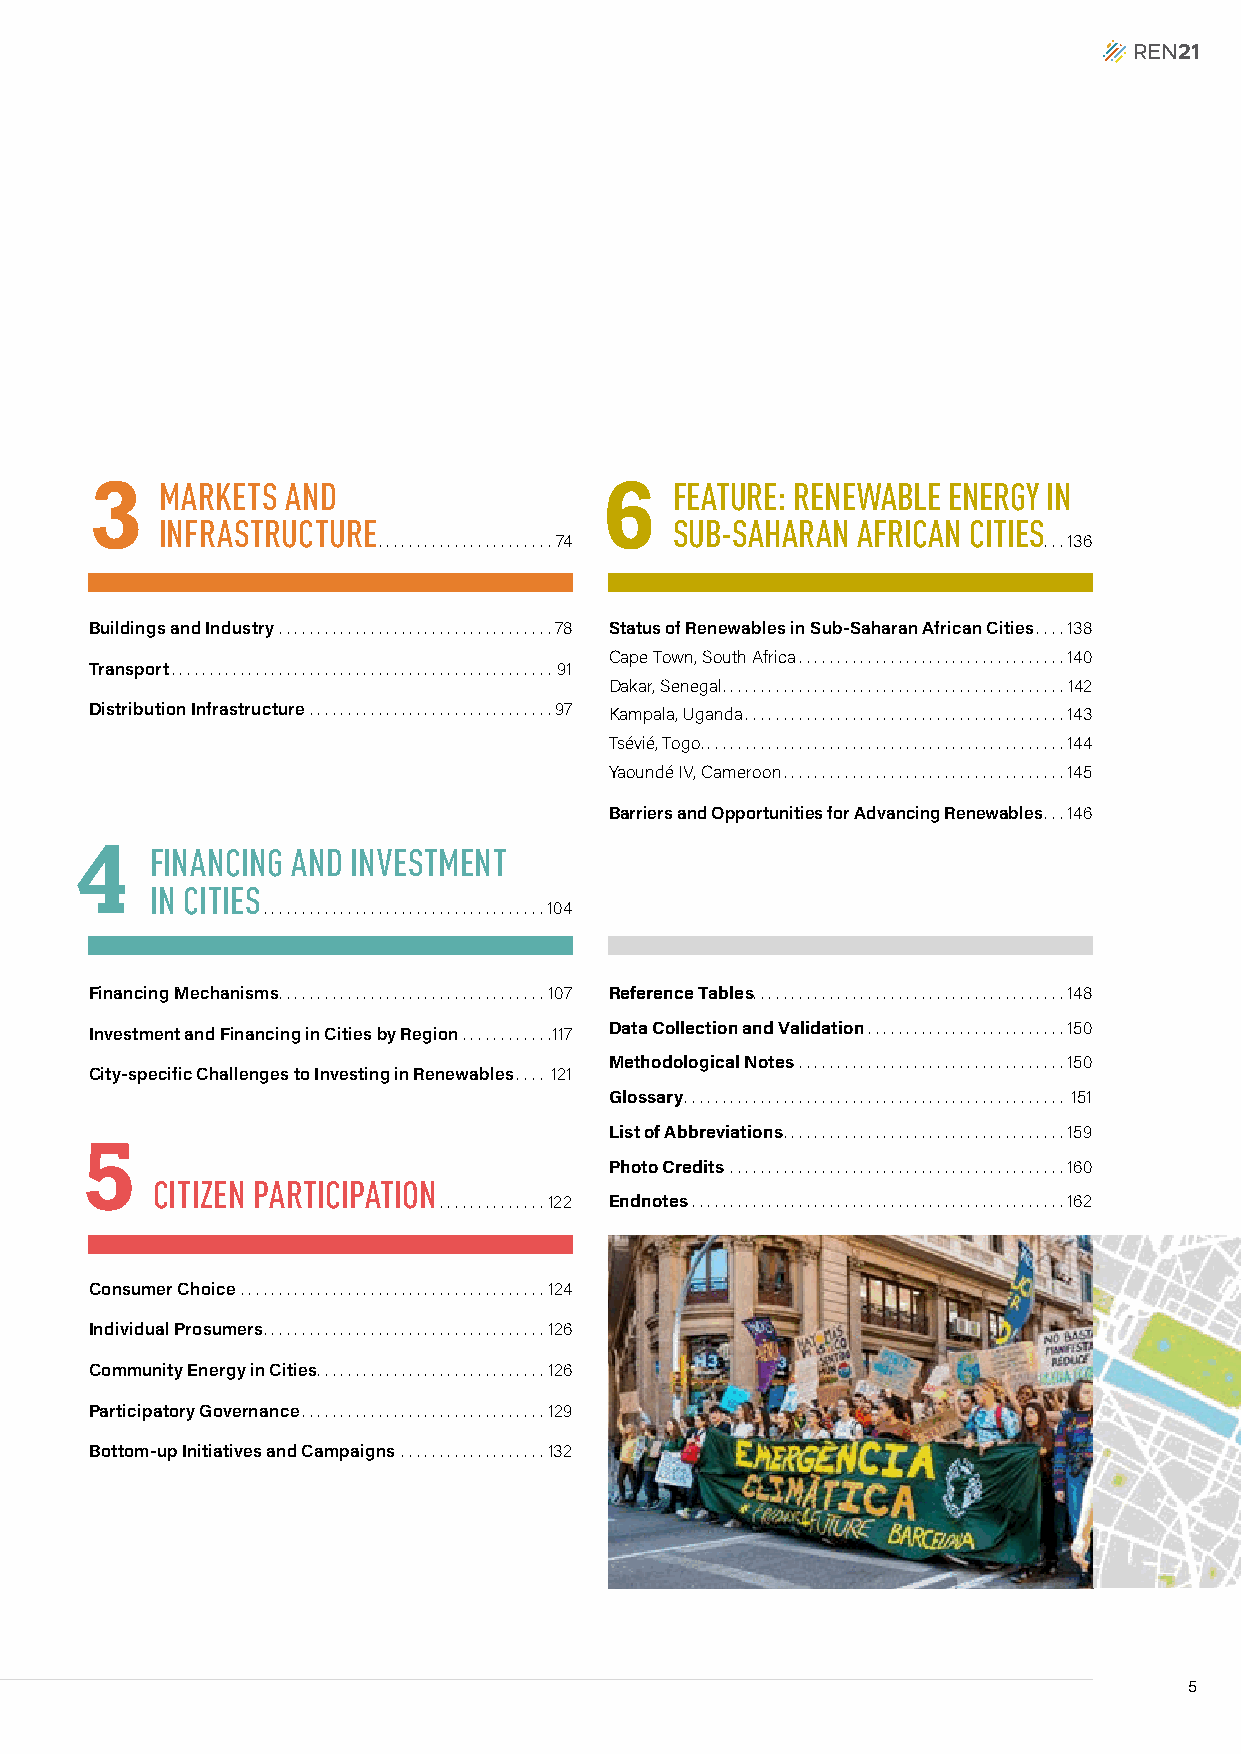
3                                 6
 MARKETS  AND                       FEATURE: RENEWABLE ENERGY IN
 INFRASTRUCTURE                     SUB-SAHARAN AFRICAN CITIES
 .......................74                   ...136
 Buildings and Industry ....................................78 Status of Renewables in Sub-Saharan African Cities ....138
 Cape Town, South Africa ...................................140
 Transport ..................................................91
 Dakar, Senegal .............................................142
 Distribution Infrastructure ................................97 Kampala, Uganda ..........................................143
 Tsévié, Togo. . . . . . . . . . . . . . . . . . . . . . . . . . . . . . . . . . . . . . . . . . . . . . . .144
 Yaoundé IV, Cameroon .....................................145
 Barriers and Opportunities for Advancing Renewables ...146
 4
 FINANCING AND INVESTMENT
 IN CITIES
 .....................................104
 Financing Mechanisms ...................................107 Reference Tables .........................................148
 Investment and Financing in Cities by Region ............117 Data Collection and Validation ..........................150
 Methodological Notes ...................................150
 City-specific Challenges to Investing in Renewables .... 121
 Glossary .................................................. 151
 List of Abbreviations .....................................159
 5
 Photo Credits ............................................160
 CITIZEN PARTICIPATION
 ..............122 Endnotes .................................................162
 Consumer Choice ........................................124
 Individual Prosumers .....................................126
 Community Energy in Cities ..............................126
 Participatory Governance ................................129
 Bottom-up Initiatives and Campaigns ...................132
 5